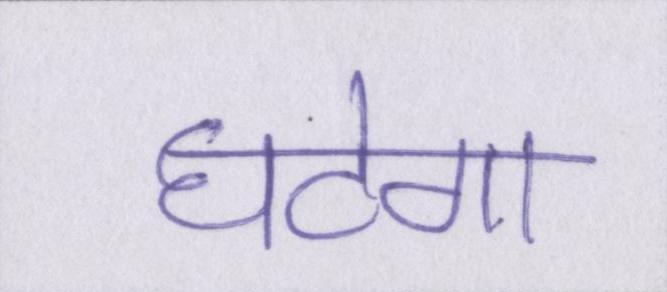
घटेगा